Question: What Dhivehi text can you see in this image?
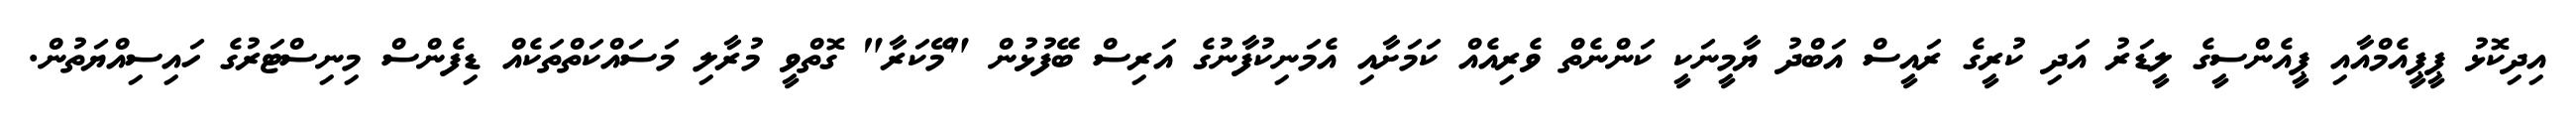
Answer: އިދިކޮޅު ޕީޕީއެމްއާއި ޕީއެންސީގެ ލީޑަރު އަދި ކުރީގެ ރައީސް އަބްދު ޔާމީނަކީ ކަންނެތް ވެރިއެއް ކަމަށާއި އެމަނިކުފާނުގެ އަރިސް ބޭފުޅުން "މޭކަރާ" ގޮތްވީ މުރާލި މަސައްކަތްތަކެއް ޑިފެންސް މިނިސްޓަރުގެ ހައިސިއްޔަތުން.